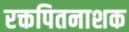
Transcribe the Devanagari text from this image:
रक्तपितनाशक